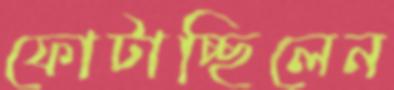
ফোটাচ্ছিলেন